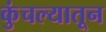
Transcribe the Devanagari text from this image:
कुंचल्यातून